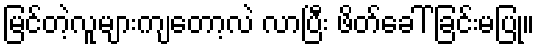
မြင်တဲ့လူများကျတော့လဲ လာပြီး ဖိတ်ခေါ် ခြင်းမပြု။